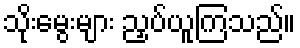
သိုးမွေးများ ညှပ်ယူကြသည်။